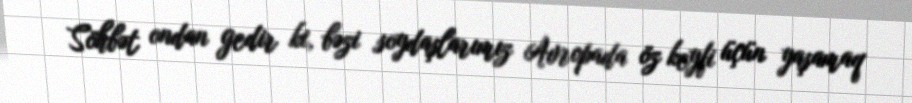
Söhbət ondan gedir ki, bəzi soydaşlarımız Avropada öz keyfi üçün yaşamaq